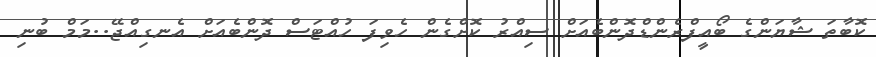
ކޮބާތަ ޝާޔަންގެ ބޯއީފްރެންޑްދޮންބެއަށް ސިއްރު ކޮށްގެން ހެވިފަ ހުއްޓަސް ދޮންބެއަށް އެނގިއްޖޭ..މަމް ބުނި